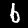
Digit: 6